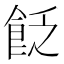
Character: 𩚮